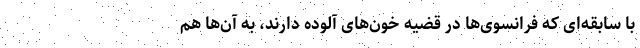
با سابقه‌ای که فرانسوی‌ها در قضیه خون‌های آلوده دارند، به آن‌ها هم